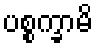
ပစ္စက္ခာမိ